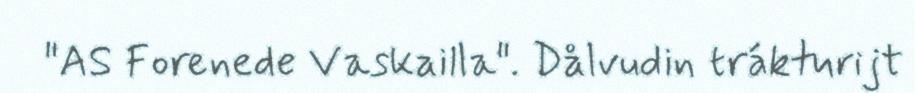
"AS Forenede Vaskailla". Dålvudin trákturijt